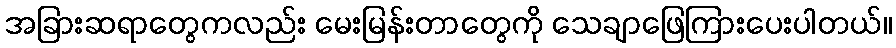
အခြားဆရာတွေကလည်း မေးမြန်းတာတွေကို သေချာဖြေကြားပေးပါတယ်။